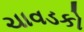
ચાવડકો